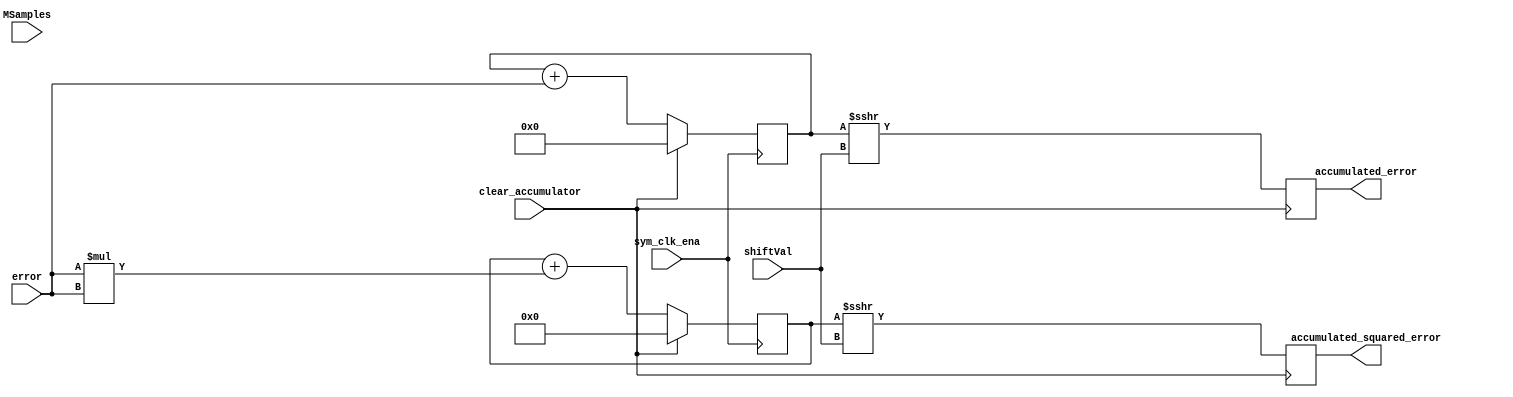
module ErrorGen (input clear_accumulator,
					  input sym_clk_ena,
					  input [20:0] MSamples,
					  input [7:0] shiftVal,
					  input signed [17:0] error,
					  output reg signed [17:0] accumulated_error,
					  output reg signed [35:0] accumulated_squared_error);

//reg signed [17:0] error;
reg signed [35:0] error_squared;
reg signed [37:0] errorAccumulator  = 0;
reg signed [55:0] errorSquaredAccumulator  = 0;

	
always @ (posedge sym_clk_ena)
	if(clear_accumulator)
		errorAccumulator = 38'b0;
	else
		errorAccumulator = errorAccumulator + error;
		
always @ (posedge clear_accumulator)
		accumulated_error = errorAccumulator>>> shiftVal;

always @ *
	error_squared = error * error;
	

always @ (posedge sym_clk_ena)
	if(clear_accumulator)
		errorSquaredAccumulator = 38'b0;
	else
		errorSquaredAccumulator = errorSquaredAccumulator + error_squared;
		
always @ (posedge clear_accumulator)
		accumulated_squared_error = errorSquaredAccumulator >>> shiftVal;
		//accumulated_squared_error = errorSquaredAccumulator / MSamples;


endmodule